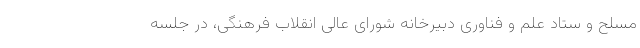
مسلح و ستاد علم و فناوری دبیرخانه شورای عالی انقلاب فرهنگی، در جلسه